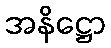
အနိဋ္ဌော